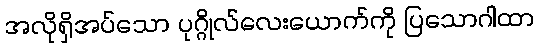
အလိုရှိအပ်သော ပုဂ္ဂိုလ်လေးယောက်ကို ပြသောဂါထာ